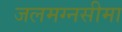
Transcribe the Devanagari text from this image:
जलमग्नसीमा